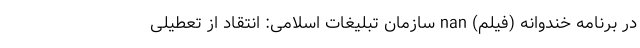
در برنامه خندوانه (فیلم) nan سازمان تبلیغات اسلامی: انتقاد از تعطیلی